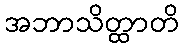
အဘာသိတ္ထာတိ